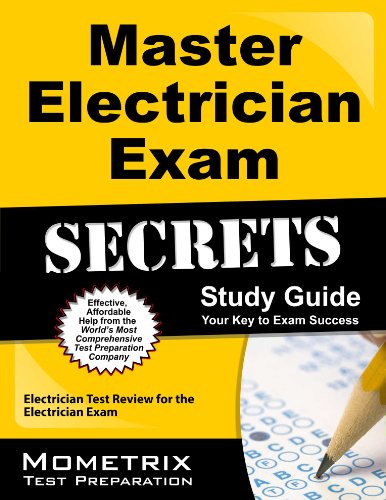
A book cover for Master Electrician Exam Secrets Study Guide: Electrician Test Review for the Electrician Exam (Mometrix Secrets Study Guides); Electrician Exam Secrets Test Prep Team; Test Preparation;